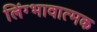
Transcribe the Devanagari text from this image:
लिंग्भावात्मक